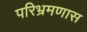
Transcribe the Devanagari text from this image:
परिभ्रमणास